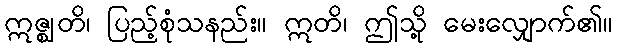
ဣဇ္ဈတိ၊ ပြည့်စုံသနည်း။ ဣတိ၊ ဤသို့ မေးလျှောက်၏။